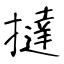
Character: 撻